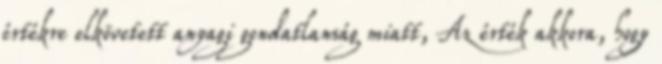
értékre elkövetett anyagi gondatlanság miatt, Az érték akkora, hogy